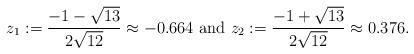
LaTeX: \begin{align*}z_1:=\frac{-1-\sqrt{13}}{2\sqrt{12}}\approx -0.664\textrm{ and } z_2:=\frac{-1+\sqrt{13}}{2\sqrt{12}}\approx 0.376.\end{align*}